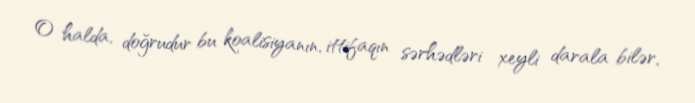
O halda, doğrudur bu koalisiyanın, ittifaqın sərhədləri xeyli darala bilər,